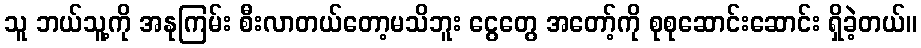
သူ ဘယ်သူ့ကို အနုကြမ်း စီးလာတယ်တော့မသိဘူး ငွေတွေ အတော့်ကို စုစုဆောင်းဆောင်း ရှိခဲ့တယ်။